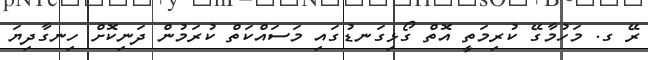
ރޭ ގ. މަހުމާގޭ ކުރިމަތީ އޮތް ގޯޅިގަނޑުގައި މަސައްކަތް ކުރަމުން ދަނިކޮށް ހިނގާދިޔަ